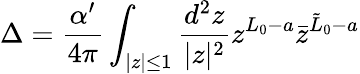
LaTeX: \Delta={\frac{\alpha^{\prime}}{4\pi}}\int_{|z|\leq 1}{\frac{d^{2}z}{|z|^{2}}}z^{L_{0}-a}\bar{z}^{\tilde{L}_{0}-a}